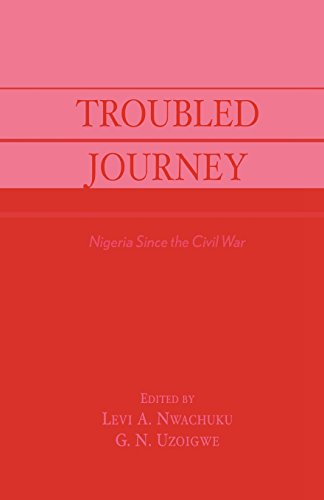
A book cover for Troubled Journey: Nigeria Since the Civil War; History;